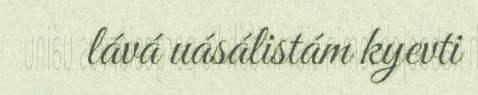
lává uásálistám kyevti